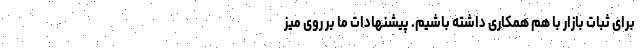
برای ثبات بازار با هم همکاری داشته باشیم. پیشنهادات ما بر روی میز